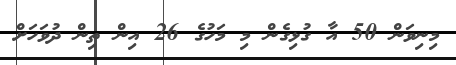
މިނިވަން 50 އާ ގުޅިގެން މި މަހުގެ 26 އިން ތިން ދުވަހަށް